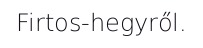
Firtos-hegyről.